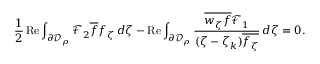
{ \frac 1 2 \operatorname { R e } \int _ { \partial \mathcal { D } _ { \rho } } \mathcal { F } _ { 2 } \overline { f } f _ { \zeta } \, d \zeta - \operatorname { R e } \int _ { \partial \mathcal { D } _ { \rho } } \frac { \overline { { w _ { \zeta } f } } \mathcal { F } _ { 1 } } { ( \zeta - \zeta _ { k } ) \overline { { f _ { \zeta } } } } \, d \zeta = 0 . }